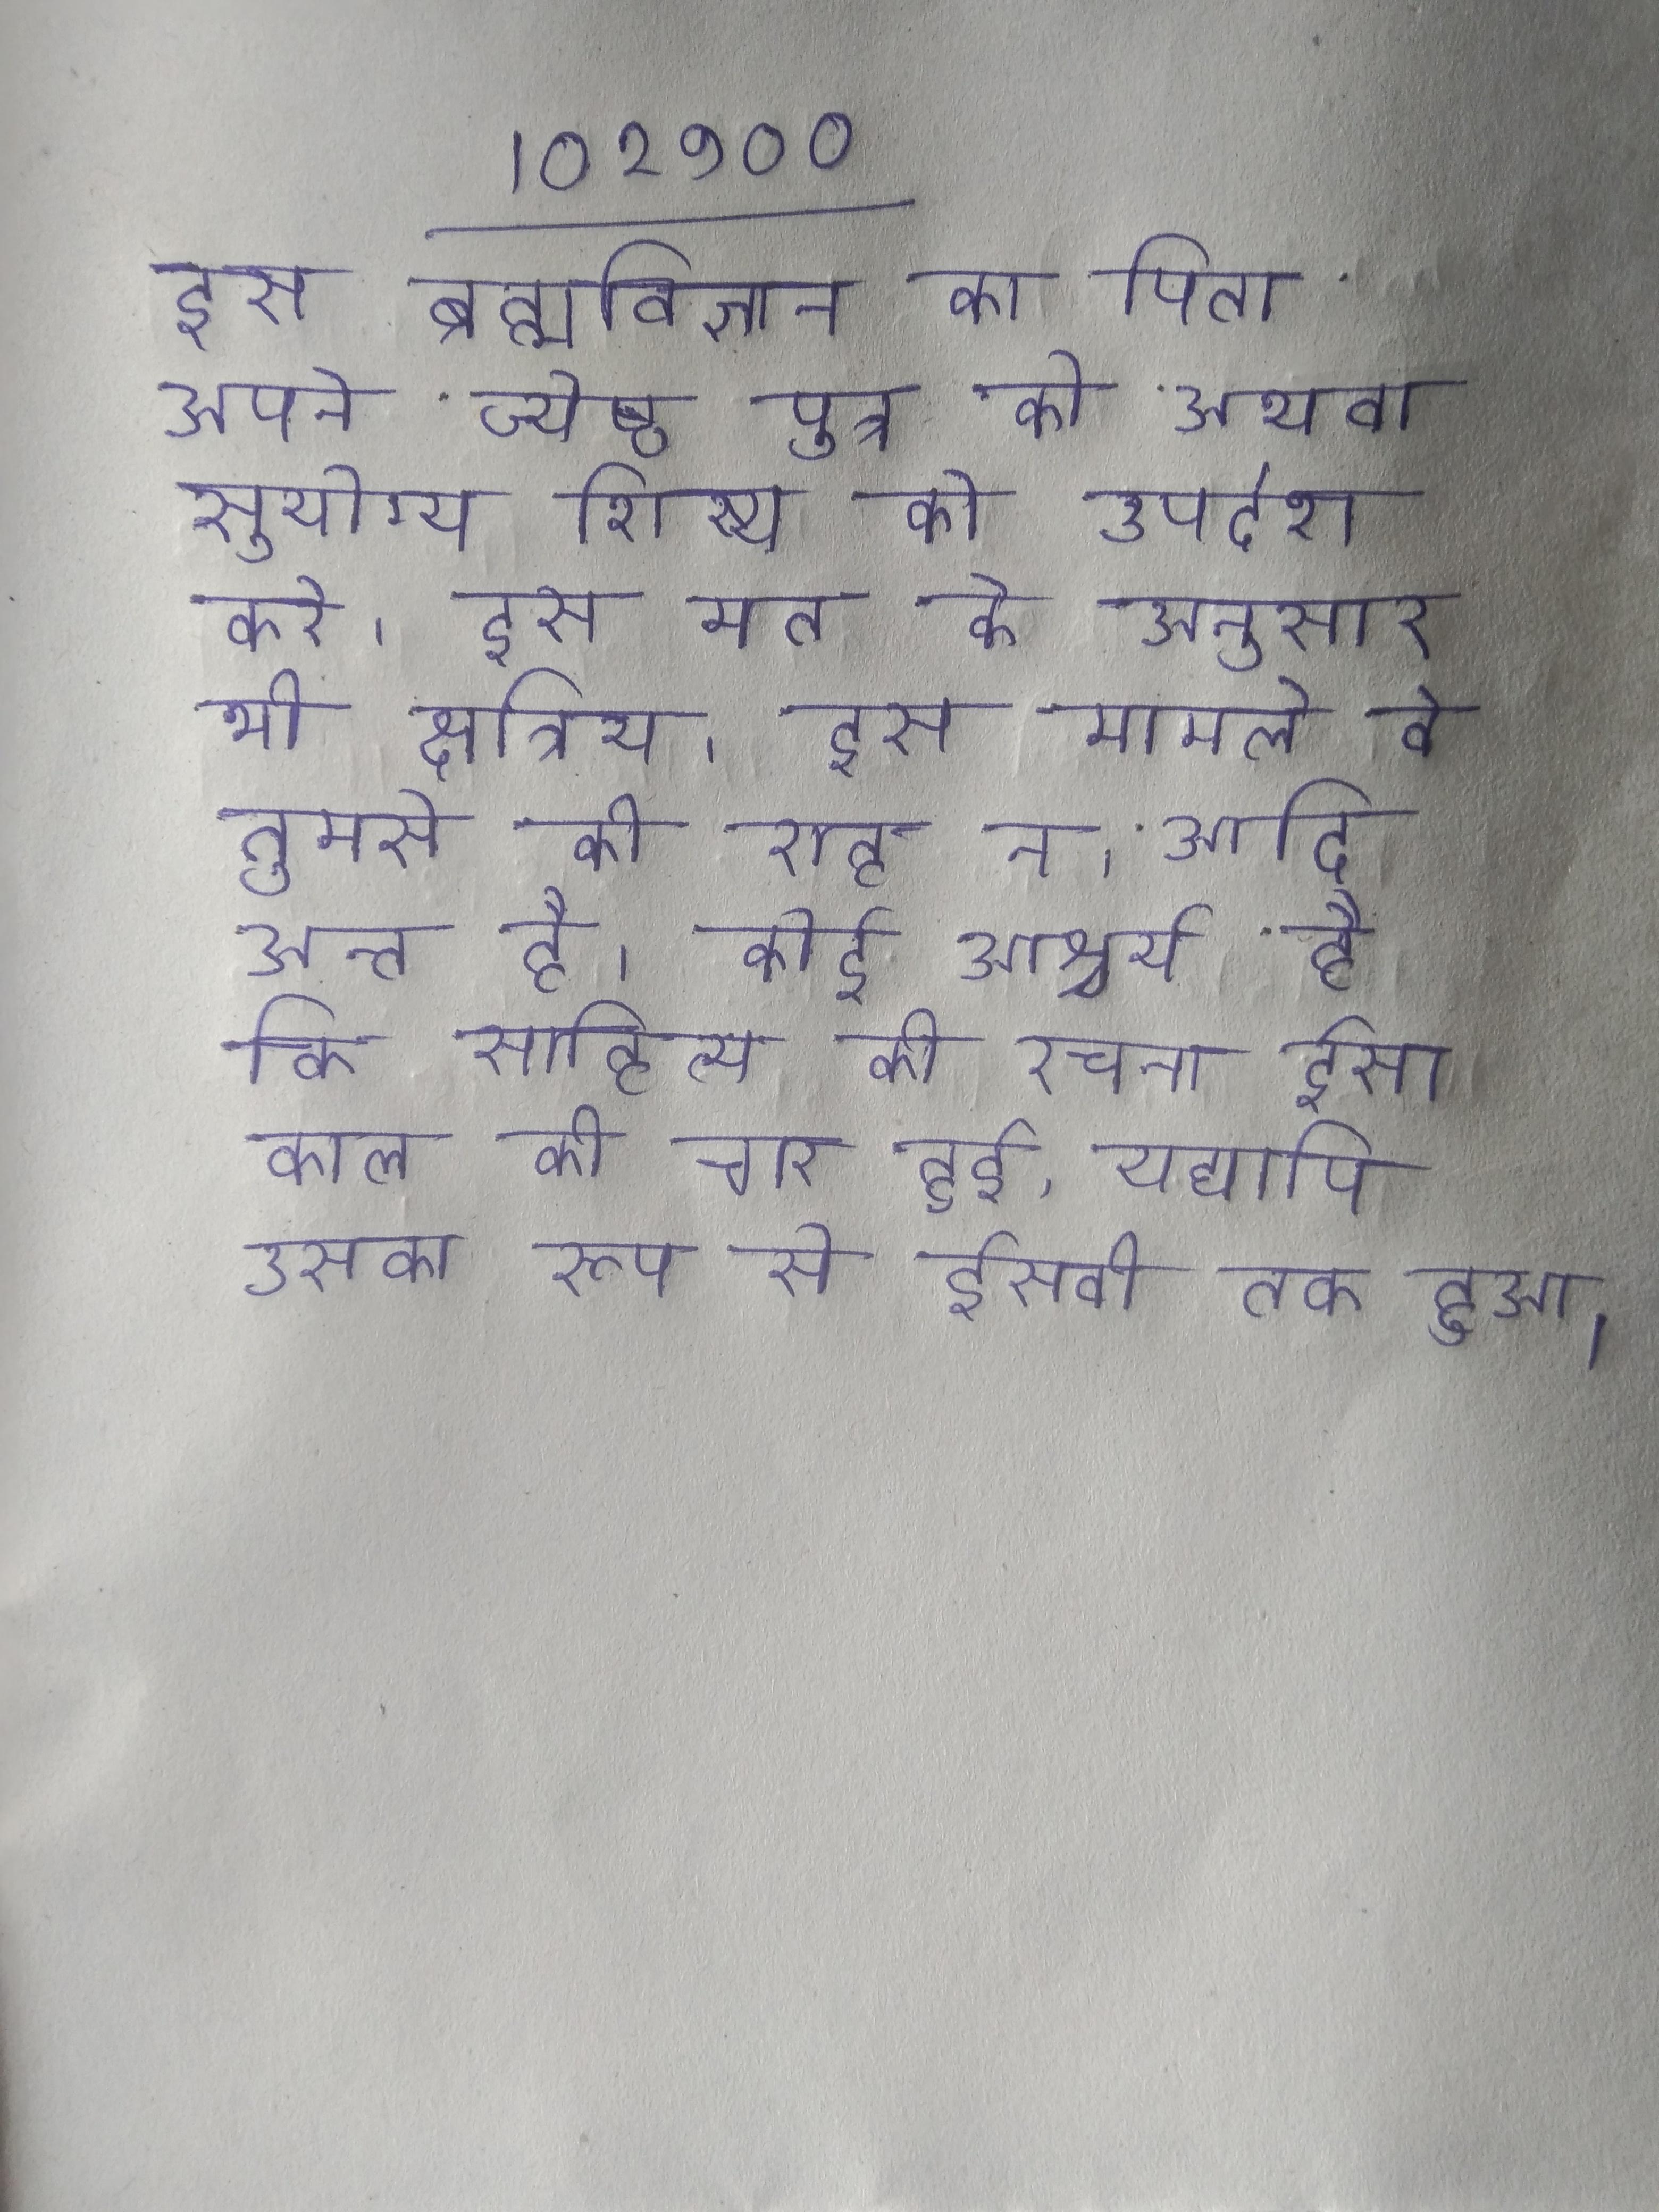
इस ब्रह्मविज्ञान का पिता अपने ज्येष्ठ पुत्र को अथवा सुयोग्य शिष्य को उपदेश करे । इस मत के अनुसार भी क्षत्रिय । इस मामले वे तुमसे की राह न । आदि अन्त है । कोई आश्चर्य है कि साहित्य की रचना ईसा काल की चार हुई, यद्यपि उसका रूप से ईसवी तक हुआ ।